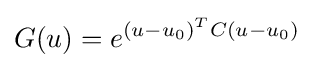
G(u)=e^{(u-u_{0})^{T}C(u-u_{0})}